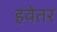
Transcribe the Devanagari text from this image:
हवेतर